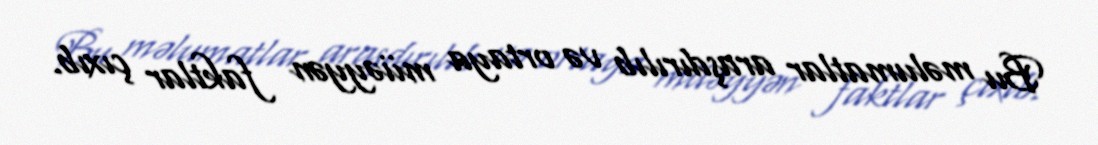
Bu məlumatlar araşdırılıb və ortaya müəyyən faktlar çıxıb.